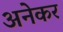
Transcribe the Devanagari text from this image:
अनेकर